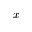
x